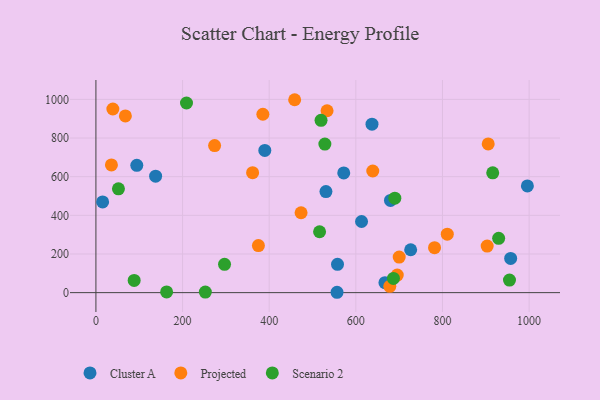
{"axis": {"x": "Speed", "y": "Salary"}, "legend": ["Cluster A", "Projected", "Scenario 2"], "data": [{"x": "957.4", "y": 176.8, "type": "Cluster A"}, {"x": "667.2", "y": 51.4, "type": "Cluster A"}, {"x": "637.3", "y": 871.7, "type": "Cluster A"}, {"x": "137.8", "y": 602.7, "type": "Cluster A"}, {"x": "572.1", "y": 619.7, "type": "Cluster A"}, {"x": "680.0", "y": 477.1, "type": "Cluster A"}, {"x": "94.4", "y": 659.0, "type": "Cluster A"}, {"x": "531.0", "y": 522.7, "type": "Cluster A"}, {"x": "556.6", "y": 1.9, "type": "Cluster A"}, {"x": "613.2", "y": 368.0, "type": "Cluster A"}, {"x": "726.6", "y": 222.0, "type": "Cluster A"}, {"x": "389.9", "y": 736.0, "type": "Cluster A"}, {"x": "996.0", "y": 552.2, "type": "Cluster A"}, {"x": "15.5", "y": 469.3, "type": "Cluster A"}, {"x": "557.7", "y": 146.3, "type": "Cluster A"}, {"x": "903.2", "y": 240.7, "type": "Projected"}, {"x": "361.7", "y": 620.8, "type": "Projected"}, {"x": "905.6", "y": 769.4, "type": "Projected"}, {"x": "781.7", "y": 232.7, "type": "Projected"}, {"x": "678.4", "y": 32.6, "type": "Projected"}, {"x": "68.0", "y": 914.5, "type": "Projected"}, {"x": "473.6", "y": 413.3, "type": "Projected"}, {"x": "458.8", "y": 998.2, "type": "Projected"}, {"x": "811.1", "y": 302.7, "type": "Projected"}, {"x": "700.1", "y": 183.9, "type": "Projected"}, {"x": "375.1", "y": 243.4, "type": "Projected"}, {"x": "35.8", "y": 660.8, "type": "Projected"}, {"x": "639.1", "y": 629.3, "type": "Projected"}, {"x": "385.4", "y": 923.1, "type": "Projected"}, {"x": "274.0", "y": 761.2, "type": "Projected"}, {"x": "695.6", "y": 90.7, "type": "Projected"}, {"x": "39.1", "y": 950.3, "type": "Projected"}, {"x": "533.6", "y": 941.1, "type": "Projected"}, {"x": "52.0", "y": 537.2, "type": "Scenario 2"}, {"x": "88.3", "y": 63.0, "type": "Scenario 2"}, {"x": "163.2", "y": 3.5, "type": "Scenario 2"}, {"x": "954.7", "y": 65.2, "type": "Scenario 2"}, {"x": "519.7", "y": 891.7, "type": "Scenario 2"}, {"x": "528.5", "y": 768.8, "type": "Scenario 2"}, {"x": "916.0", "y": 619.9, "type": "Scenario 2"}, {"x": "252.6", "y": 2.7, "type": "Scenario 2"}, {"x": "686.8", "y": 73.7, "type": "Scenario 2"}, {"x": "296.9", "y": 146.6, "type": "Scenario 2"}, {"x": "209.1", "y": 981.2, "type": "Scenario 2"}, {"x": "690.0", "y": 488.7, "type": "Scenario 2"}, {"x": "929.7", "y": 281.2, "type": "Scenario 2"}, {"x": "516.3", "y": 315.2, "type": "Scenario 2"}]}